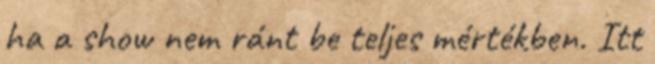
ha a show nem ránt be teljes mértékben. Itt